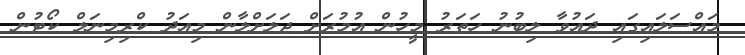
މައްސަލައިގައި ދައުވާ ލިބުނު ހަތަރު މީހުން އުމުރަށް ޖަލަށްލާން މިއަދު ކްރިމިނަލް ކޯޓުން